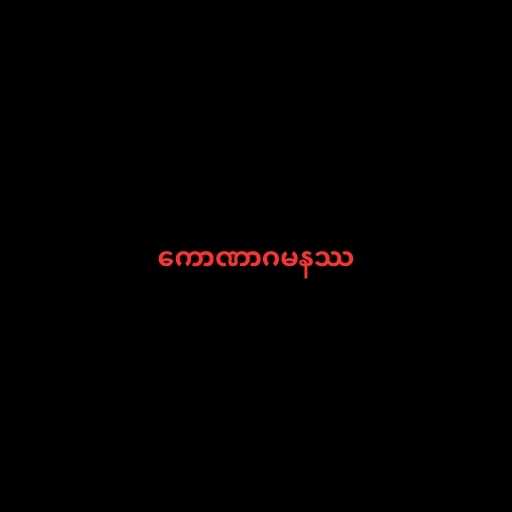
ကောဏာဂမနဿ